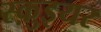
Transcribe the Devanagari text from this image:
स्क़ुइयर